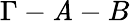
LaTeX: \Gamma-\mathit{A}-B